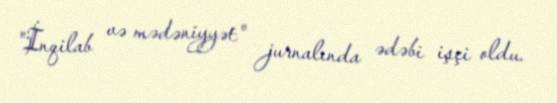
"İnqilab və mədəniyyət" jurnalında ədəbi işçi oldu.